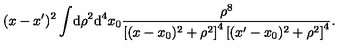
( x - x ^ { \prime } ) ^ { 2 } \int \! \mathrm { d } \rho ^ { 2 } \mathrm { d } ^ { 4 } x _ { 0 } \frac { \rho ^ { 8 } } { \left[ ( x - x _ { 0 } ) ^ { 2 } + \rho ^ { 2 } \right] ^ { 4 } \left[ ( x ^ { \prime } - x _ { 0 } ) ^ { 2 } + \rho ^ { 2 } \right] ^ { 4 } } .